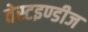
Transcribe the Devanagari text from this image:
वेस्टइण्डीज